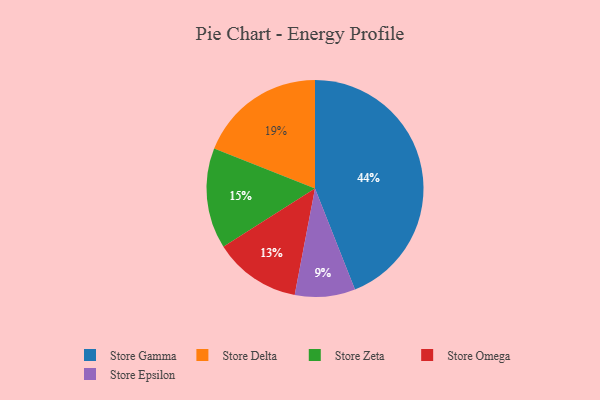
{"axis": {"x": "Category", "y": "Percentage"}, "legend": ["Store Delta", "Store Epsilon", "Store Gamma", "Store Omega", "Store Zeta"], "data": [{"x": "Store Gamma", "y": 44, "type": "Store Gamma"}, {"x": "Store Omega", "y": 13, "type": "Store Omega"}, {"x": "Store Epsilon", "y": 9, "type": "Store Epsilon"}, {"x": "Store Delta", "y": 19, "type": "Store Delta"}, {"x": "Store Zeta", "y": 15, "type": "Store Zeta"}]}